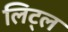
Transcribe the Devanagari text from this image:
लिट्‌ल